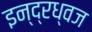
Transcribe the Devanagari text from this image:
इन्द्रध्वज